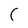
Character: C